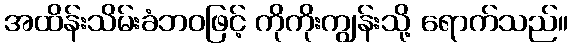
အထိန်းသိမ်းခံဘဝဖြင့် ကိုကိုးကျွန်းသို့ ရောက်သည်။